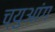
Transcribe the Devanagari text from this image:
च्युआंग